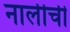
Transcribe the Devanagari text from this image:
नालीची